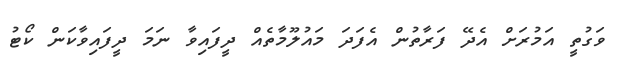
ވަގުތީ އަމުރަށް އެދޭ ފަރާތުން އެފަދަ މައުލޫމާތެއް ދީފައިވާ ނަމަ ދީފައިވާކަން ކޯޓު